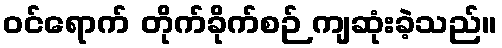
ဝင်ရောက် တိုက်ခိုက်စဉ် ကျဆုံးခဲ့သည်။